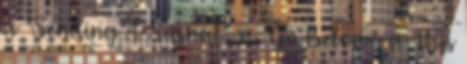
a "Sending A Signal", a "Go Below", a "This